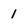
Character: 1